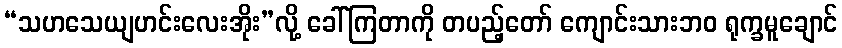
“သဟသေယျဟင်းလေးအိုး”လို့ ခေါ်ကြတာကို တပည့်တော် ကျောင်းသားဘဝ ရုက္ခမူချောင်